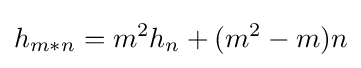
h_{m*n}=m^{2}h_{n}+(m^{2}-m)n